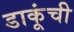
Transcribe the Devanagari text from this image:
डाकूंची